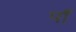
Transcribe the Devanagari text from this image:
पाँ